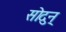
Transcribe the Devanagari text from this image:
सोदुन्